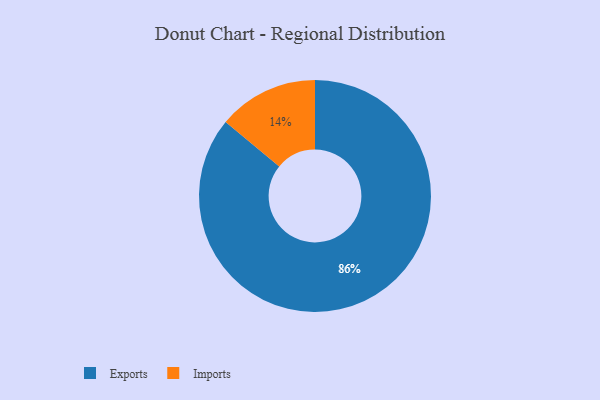
{"axis": {"x": "Category", "y": "Percentage"}, "legend": ["Exports", "Imports"], "data": [{"x": "Imports", "y": 14, "type": "Imports"}, {"x": "Exports", "y": 86, "type": "Exports"}]}